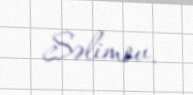
Səlimov.